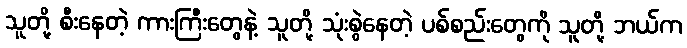
သူတို့ စီးနေတဲ့ ကားကြီးတွေနဲ့ သူတို့ သုံးစွဲနေတဲ့ ပစ်စည်းတွေကို သူတို့ ဘယ်က